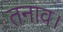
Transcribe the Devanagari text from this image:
तनाव।